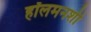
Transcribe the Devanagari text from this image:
हॉलमनशी